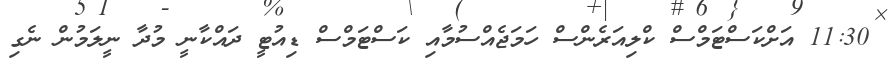
11:30 އަށްކަސްޓަމްސް ކްލިއަރެންސް ހަމަޖެއްސުމާއި ކަސްޓަމްސް ޑިއުޓީ ދައްކާނީ މުދާ ނީލަމުން ނެގި